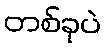
တစ်ခုပဲ